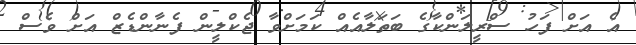
އެ އަށް ފަހު ސްރީލަންކާގެ ބަތަލާއެއް ކަމަށްވާ ޖެކްލީން ފެނާންޑެޒް އަށް ވެސް